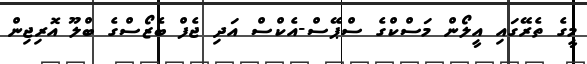
މީގެ ތެރޭގައި އީލޯން މަސްކްގެ ސްޕޭސް-އެކްސް އަދި ޖެފް ބެޒޯސްގެ ބްލޫ އޮރިޖިން